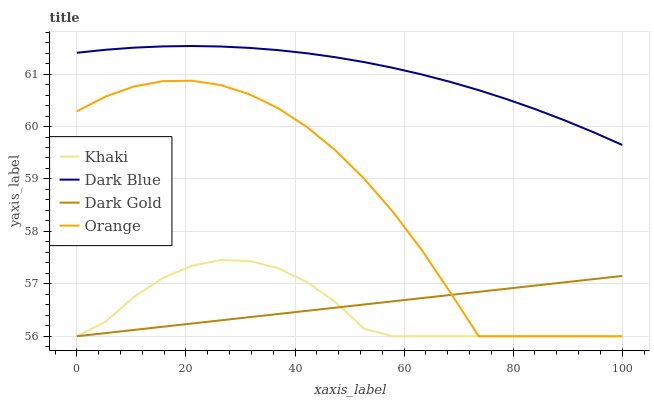
| xaxis_label | Khaki | Dark Blue | Dark Gold | Orange |
 | --- | --- | --- | --- | --- |
 | 0 | 56 | 61.4 | 56 | 60.3 |
 | 5.26 | 56.3 | 61.5 | 56.1 | 60.6 |
 | 10.5 | 56.8 | 61.5 | 56.1 | 60.8 |
 | 15.8 | 57.1 | 61.5 | 56.2 | 60.9 |
 | 21.1 | 57.3 | 61.5 | 56.2 | 60.9 |
 | 26.3 | 57.5 | 61.5 | 56.3 | 60.8 |
 | 31.6 | 57.4 | 61.5 | 56.4 | 60.6 |
 | 36.8 | 57.3 | 61.5 | 56.4 | 60.4 |
 | 42.1 | 57 | 61.4 | 56.5 | 60 |
 | 47.4 | 56.7 | 61.3 | 56.5 | 59.5 |
 | 52.6 | 56.1 | 61.2 | 56.6 | 59 |
 | 57.9 | 56 | 61.1 | 56.7 | 58.4 |
 | 63.2 | 56 | 61 | 56.7 | 57.7 |
 | 68.4 | 56 | 60.9 | 56.8 | 56.8 |
 | 73.7 | 56 | 60.7 | 56.8 | 56 |
 | 78.9 | 56 | 60.5 | 56.9 | 56 |
 | 84.2 | 56 | 60.3 | 57 | 56 |
 | 89.5 | 56 | 60.1 | 57 | 56 |
 | 94.7 | 56 | 59.9 | 57.1 | 56 |
 | 100 | 56 | 59.6 | 57.2 | 56 |